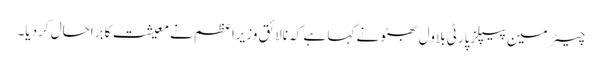
چیئرمین پیپلزپارٹی بلاول بھٹو نے کہا ہے کہ نالائق وزیراعظم نے معیشت کابراحال کردیا۔